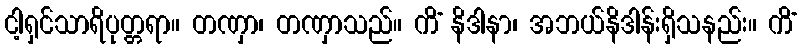
ငါ့ရှင်သာရိပုတ္တရာ။ တဏှာ၊ တဏှာသည်။ ကိံ နိဒါနာ၊ အဘယ်နိဒါန်းရှိသနည်း။ ကိံ